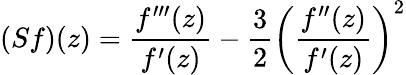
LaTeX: (Sf)(z)={\frac{f^{\prime\prime\prime}(z)}{f^{\prime}(z)}}-{\frac{3}{2}}\left({\frac{f^{\prime\prime}(z)}{f^{\prime}(z)}}\right)^{2}